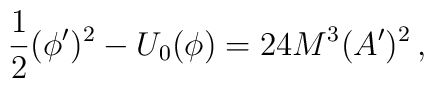
\frac{1}{2}(\phi')^2-U_0(\phi)=24M^3(A')^2 \, ,